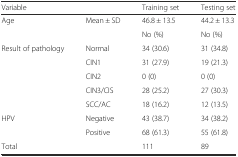
| Variable |  | Training set | Testing set |
 | --- | --- | --- | --- |
 | <ROWSPAN=2> Age | Mean ± SD | 46.8 ± 13.5 | 44.2 ± 13.3 |
 |  | No (%) | No (%) |
 | <ROWSPAN=5> Result of pathology | Normal | 34 (30.6) | 31 (34.8) |
 | CIN1 | 31 (27.9) | 19 (21.3) |
 | CIN2 | 0 (0) | 0 (0) |
 | CIN3/CIS | 28 (25.2) | 27 (30.3) |
 | SCC/AC | 18 (16.2) | 12 (13.5) |
 | <ROWSPAN=2> HPV | Negative | 43 (38.7) | 34 (38.2) |
 | Positive | 68 (61.3) | 55 (61.8) |
 | Total |  | 111 | 89 |